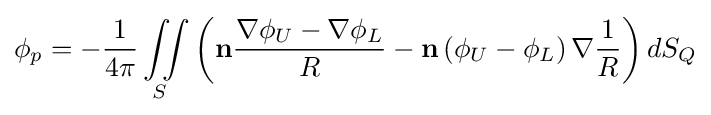
\phi _{p}=-{\frac {1}{4\pi }}\iint \limits _{S}\left(\mathbf {n} {\frac {\nabla \phi _{U}-\nabla \phi _{L}}{R}}-\mathbf {n} \left(\phi _{U}-\phi _{L}\right)\nabla {\frac {1}{R}}\right)dS_{Q}